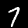
Digit: 7